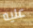
عليه